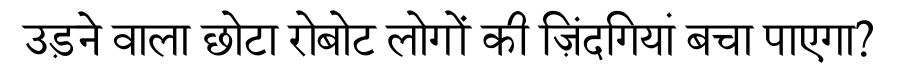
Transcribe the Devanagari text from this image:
उड़ने वाला छोटा रोबोट लोगों की ज़िंदगियां बचा पाएगा?